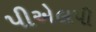
પીએલપી